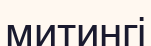
митингі